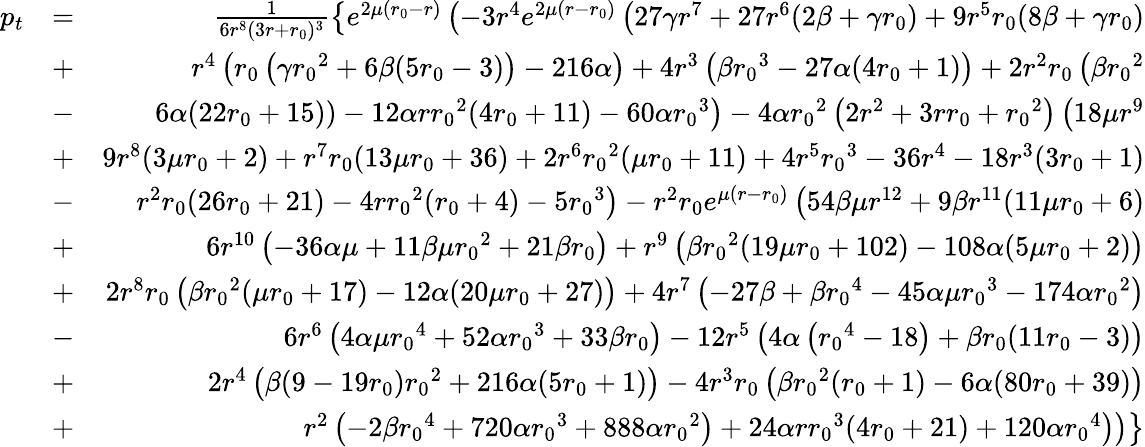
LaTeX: \begin{array}{rlr}{p_{t}}&{=}&{\frac{1}{6r^{8}(3r+{r_{0}})^{3}}\left\lbrace e^{2\mu({r_{0}}-r)}\left(-3r^{4}e^{2\mu(r-{r_{0}})}\left(27\gamma r^{7}+27r^{6}(2\beta+\gamma{r_{0}})+9r^{5}{r_{0}}(8\beta+\gamma{r_{0}})\right.\right.\right.}\\ &{+}&{\left.\left.\left.r^{4}\left({r_{0}}\left(\gamma{r_{0}}^{2}+6\beta(5{r_{0}}-3)\right)-216\alpha\right)+4r^{3}\left(\beta{r_{0}}^{3}-27\alpha(4{r_{0}}+1)\right)+2r^{2}{r_{0}}\left(\beta{r_{0}}^{2}\right.\right.\right.\right.}\\ &{-}&{\left.\left.\left.\left.6\alpha(22{r_{0}}+15)\right)-12\alpha r{r_{0}}^{2}(4{r_{0}}+11)-60\alpha{r_{0}}^{3}\right)-4\alpha{r_{0}}^{2}\left(2r^{2}+3r{r_{0}}+{r_{0}}^{2}\right)\left(18\mu r^{9}\right.\right.\right.}\\ &{+}&{\left.\left.\left.9r^{8}(3\mu{r_{0}}+2)+r^{7}{r_{0}}(13\mu{r_{0}}+36)+2r^{6}{r_{0}}^{2}(\mu{r_{0}}+11)+4r^{5}{r_{0}}^{3}-36r^{4}-18r^{3}(3{r_{0}}+1)\right.\right.\right.}\\ &{-}&{\left.\left.\left.r^{2}{r_{0}}(26{r_{0}}+21)-4r{r_{0}}^{2}({r_{0}}+4)-5{r_{0}}^{3}\right)-r^{2}{r_{0}}e^{\mu(r-{r_{0}})}\left(54\beta\mu r^{12}+9\beta r^{11}(11\mu{r_{0}}+6)\right.\right.\right.}\\ &{+}&{\left.\left.\left.6r^{10}\left(-36\alpha\mu+11\beta\mu{r_{0}}^{2}+21\beta{r_{0}}\right)+r^{9}\left(\beta{r_{0}}^{2}(19\mu{r_{0}}+102)-108\alpha(5\mu{r_{0}}+2)\right)\right.\right.\right.}\\ &{+}&{\left.\left.\left.2r^{8}{r_{0}}\left(\beta{r_{0}}^{2}(\mu{r_{0}}+17)-12\alpha(20\mu{r_{0}}+27)\right)+4r^{7}\left(-27\beta+\beta{r_{0}}^{4}-45\alpha\mu{r_{0}}^{3}-174\alpha{r_{0}}^{2}\right)\right.\right.\right.}\\ &{-}&{\left.\left.\left.6r^{6}\left(4\alpha\mu{r_{0}}^{4}+52\alpha{r_{0}}^{3}+33\beta{r_{0}}\right)-12r^{5}\left(4\alpha\left({r_{0}}^{4}-18\right)+\beta{r_{0}}(11{r_{0}}-3)\right)\right.\right.\right.}\\ &{+}&{\left.\left.\left.2r^{4}\left(\beta(9-19{r_{0}}){r_{0}}^{2}+216\alpha(5{r_{0}}+1)\right)-4r^{3}{r_{0}}\left(\beta{r_{0}}^{2}({r_{0}}+1)-6\alpha(80{r_{0}}+39)\right)\right.\right.\right.}\\ &{+}&{\left.\left.\left.r^{2}\left(-2\beta{r_{0}}^{4}+720\alpha{r_{0}}^{3}+888\alpha{r_{0}}^{2}\right)+24\alpha r{r_{0}}^{3}(4{r_{0}}+21)+120\alpha{r_{0}}^{4}\right)\right)\right\rbrace}\end{array}